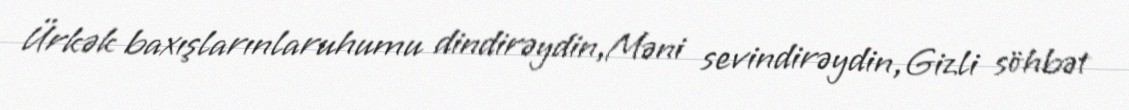
Ürkək baxışlarınlaruhumu dindirəydin,Məni sevindirəydin,Gizli söhbət